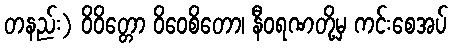
တနည်း) ဝိဝိတ္တော ဝိဝေစိတော၊ နီဝရဏတို့မှ ကင်းစေအပ်